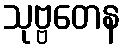
သုဗ္ဗတေန